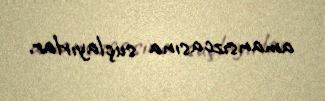
amansızcasına suçlayırlar.